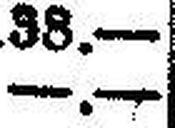
—.—